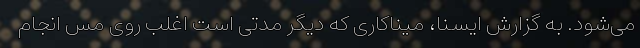
می‌شود. به گزارش ایسنا، میناکاری که دیگر مدتی است اغلب روی مس انجام